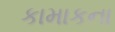
કામાકના